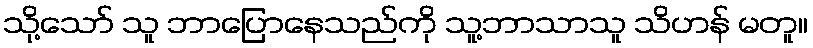
သို့သော် သူ ဘာပြောနေသည်ကို သူ့ဘာသာသူ သိဟန် မတူ။